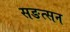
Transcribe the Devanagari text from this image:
सङत्सन